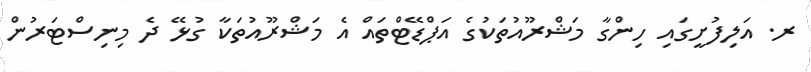
ރ. އަލިފުށީގައި ހިންގާ މަޝްރޫއުތަކުގެ އަޕްޑޭޓްތައް އެ މަޝްރޫއުތަކާ ގުޅޭ ދެ މިނިސްޓަރުން